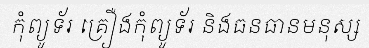
កុំព្យូទ័រ គ្រឿងកុំព្យូទ័រ និងធនធានមនុស្ស